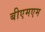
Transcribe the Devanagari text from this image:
बीएमएम